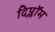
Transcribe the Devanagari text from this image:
दिप्लॉम